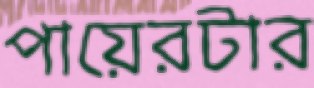
পায়েরটার